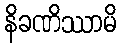
နိခဏိဿာမိ